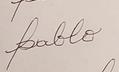
Signature authenticity: forged